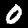
Digit: 0